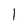
Character: l